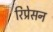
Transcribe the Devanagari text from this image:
रिप्रेसन